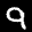
Label: 9